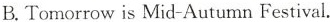
B.Tomorrow is Mid-Autumn Festival.